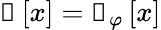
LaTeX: \boldsymbol{\mathscr{g}}\left[\mathcal{x}\right]=\boldsymbol{\mathscr{f}}_{\varphi}\left[\mathcal{x}\right]